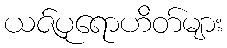
ယဇ်ပုရောဟိတ်များ